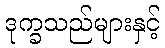
ဒုက္ခသည်များနှင့်